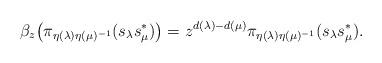
LaTeX: \begin{align*}\beta_z\big(\pi_{\eta(\lambda)\eta(\mu)^{-1}}(s_\lambda s_\mu^*)\big)=z^{d(\lambda)-d(\mu)}\pi_{\eta(\lambda)\eta(\mu)^{-1}}(s_\lambda s_\mu^*).\end{align*}